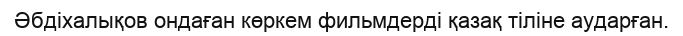
Әбдіхалықов ондаған көркем фильмдерді қазақ тіліне аударған.